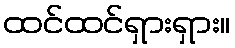
ထင်ထင်ရှားရှား။